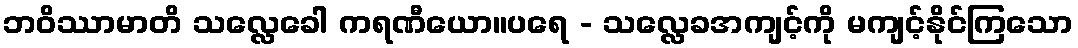
ဘဝိဿာမာတိ သလ္လေခေါ ကရဏီယော။ပရေ - သလ္လေခအကျင့်ကို မကျင့်နိုင်ကြသော